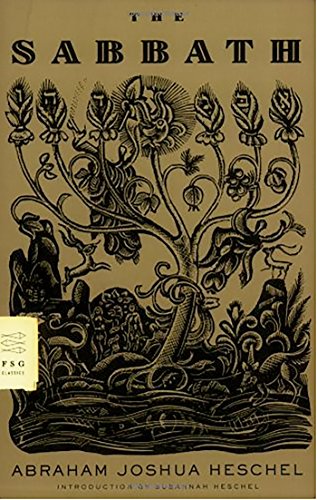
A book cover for The Sabbath (FSG Classics); Abraham Joshua Heschel; Religion & Spirituality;